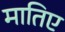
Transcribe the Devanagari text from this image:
मातिए